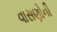
વાસણોની